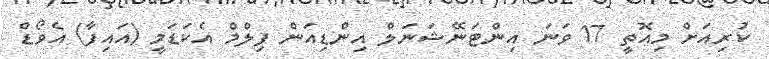
ކުރިއަށް މިއޮތީ 17 ވަނަ އިންޓަނޭޝަނަލް އިންޑިއަން ފިލްމް އެކަޑަމީ (އައިފާ) އެވޯޑް